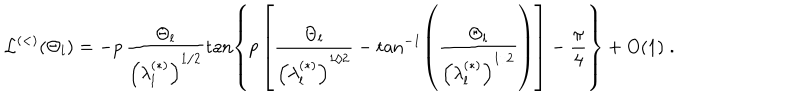
{ \mathcal L } ^ { ( < ) } ( \Theta _ { l } ) = - p \, \frac { \Theta _ { l } } { \left( \lambda _ { l } ^ { ( \ast ) } \right) ^ { 1 / 2 } } \tan \left\{ p \left[ \frac { \Theta _ { l } } { \left( \lambda _ { l } ^ { ( \ast ) } \right) ^ { 1 / 2 } } - \tan ^ { - 1 } \left( \frac { \Theta _ { l } } { \left( \lambda _ { l } ^ { ( \ast ) } \right) ^ { 1 / 2 } } \right) \right] - \frac { \pi } { 4 } \right\} + O ( 1 ) \; .